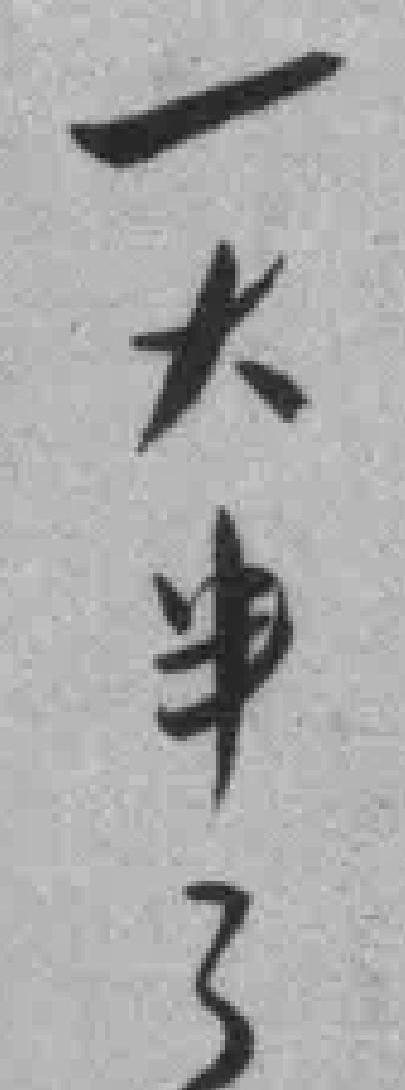
一大串了